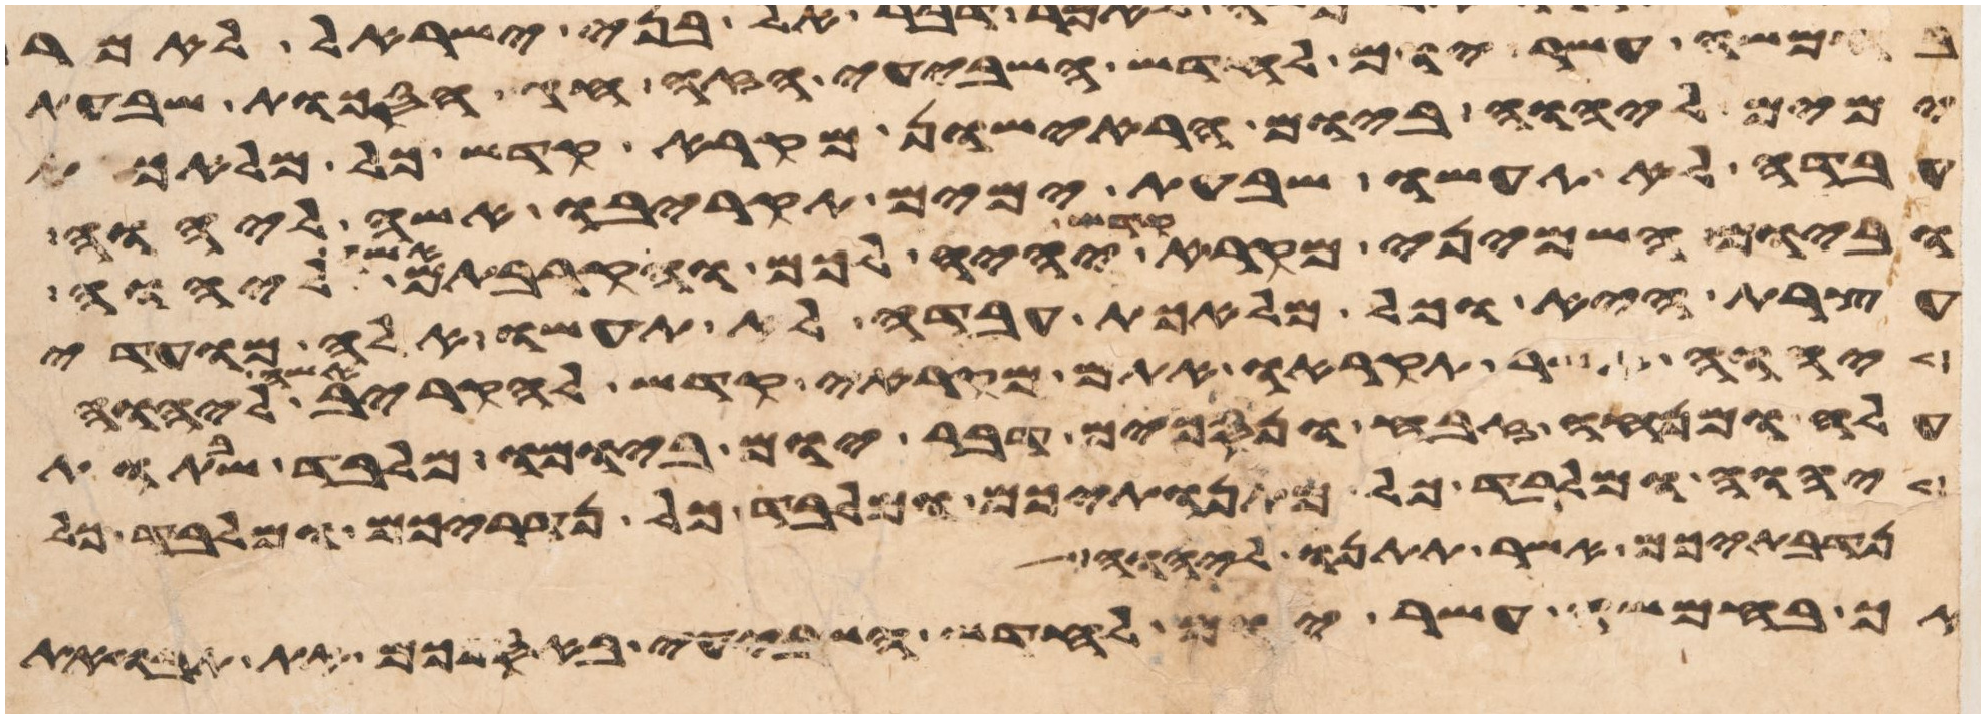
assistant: בחמשה עשר יום לחדש השביעי הזה חג הסכות שבעת
ימים ליהוה ביום הראישון מקרא קדש כל מלאכת
עבדה לא תעשו שבעת ימים תקריבו אשה ליהוה
וביום השמיני מקרא קדש יהיה לכם והקרבתם אשה ליהוה
עצרת היא וכל מלאכת עבדה לא תעשו אלה מועדי
יהוה אשר תקראו אתם מקראי קדש להקריב אשה ליהוה
עלה ומנחה זבח ונסכים דבר יום ביומו מלבד שבתות
יהוה ומלבד כל מתנתיכם ומלבד כל נדריכם ומלבד כל
נדבתיכם אשר תתנו ליהוה
אך בחמשה עשר יום לחדש השביעי באספכם את תבואת